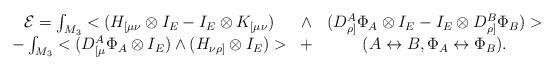
LaTeX: \begin{align*}\begin{array}{ccc}{\cal E}=\int_{M_3}<(H_{[\mu \nu }\otimes I_E-I_E\otimes K_{[\mu \nu }) &\wedge & (D_{\rho ]}^A\Phi _A\otimes I_E-I_E\otimes D_{\rho ]}^B\Phi _B)>\\ -\int_{M_3}<(D_{[\mu }^A\Phi _A\otimes I_E)\wedge (H_{\nu \rho ]}\otimes I_E)> & + & (A\leftrightarrow B,\Phi _A\leftrightarrow \Phi _B).\end{array}\end{align*}